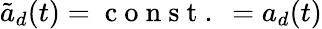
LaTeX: \tilde{a}_{d}(t)=\mathrm{~c~o~n~s~t~.~}=a_{d}(t)